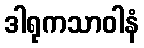
ဒါရုကသာဝါနံ